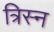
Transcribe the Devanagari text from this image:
त्रिस्न